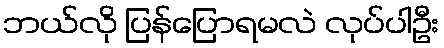
ဘယ်လို ပြန်ပြောရမလဲ လုပ်ပါဦး